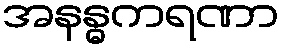
အနန္ဓကရဏာ